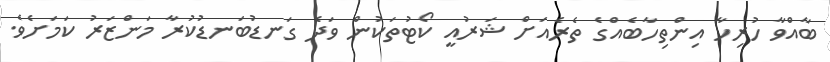
ބާއްވާ ހުރިހާ އިންތިހާބެއްގެ ތެރެއަށް ޝަރުއީ ކޯޓުތަކުން ވަދެ ގަނޑުބަނޑުކުރާ މަންޒަރު ކަމަށެވެ.